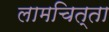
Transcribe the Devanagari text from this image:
लामचित्ता